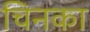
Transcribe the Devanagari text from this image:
चिनका